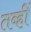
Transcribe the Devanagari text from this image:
तब्हीं